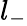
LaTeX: l_{-}